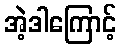
အဲ့ဒါကြောင့်